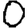
Digit: 0